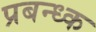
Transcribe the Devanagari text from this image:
प्रबन्ध्क